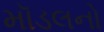
મૉડલનો